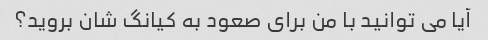
آیا می توانید با من برای صعود به کیانگ شان بروید؟